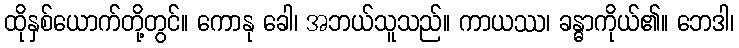
ထိုနှစ်ယောက်တို့တွင်။ ကောနု ခေါ၊ အဘယ်သူသည်။ ကာယဿ၊ ခန္ဓာကိုယ်၏။ ဘေဒါ၊